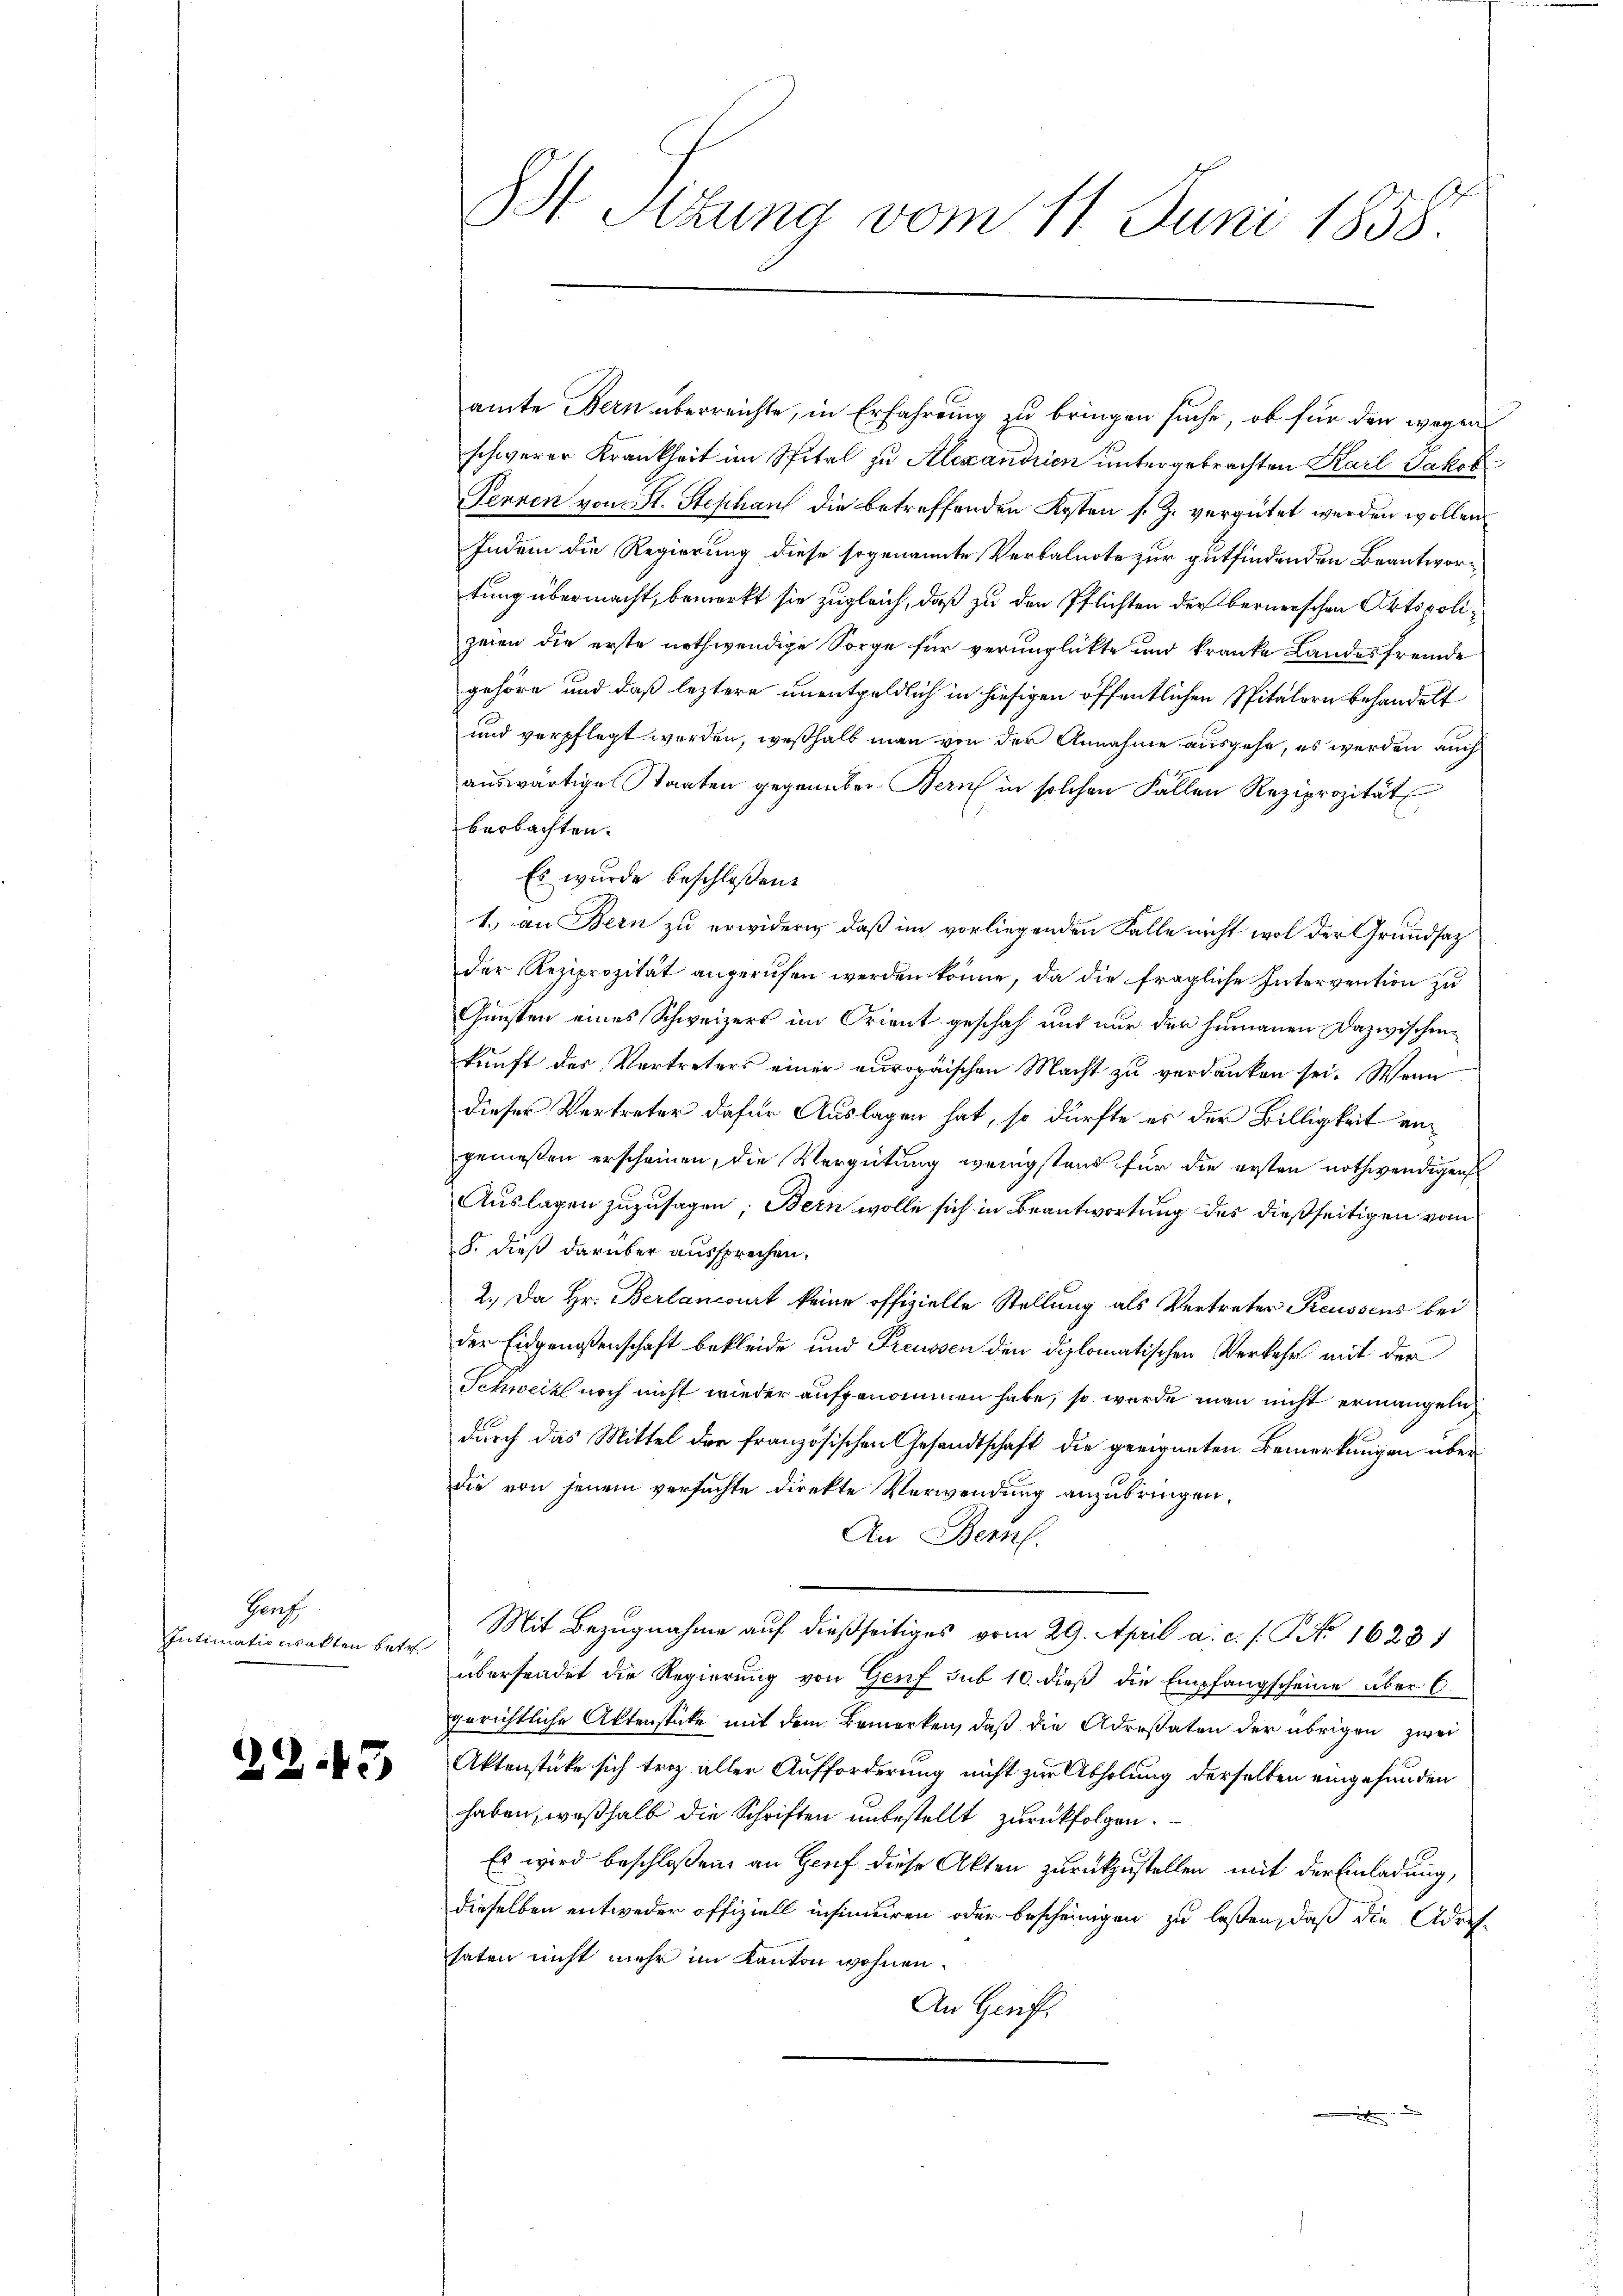
Hanf
Intimationsakten betr.

2243

St Sitzung vom 11. Juni 1858.

amte Bern überreichte, in Erfahrung zu bringen suche, ob für den wegen
schwerer Krankheit im Spital zu Alexandrien untergebrachten Karl Jakob
Pennen von St. Stephan die betreffenden Kosten s. Z. vergütet werden wollen
Indem die Regierung diese sogenannte Verbalnote zur gutfindenden Beantwortung übermacht, bemerkt sie zugleich, daß zu den Pflichten der bernerschen Ortspolizeien die erste nothwendige Sorge für verunglückte und kranke Landesfremde
gehöre und daß leztere unentgeldlich in hiesigen öffentlichen Spitälern behandelt
und verpflegt werden, weßhalb man von der Annahme ausgehe, es werden auch
auswärtige Staaten gegenüber Bern in solchen Fällen Reziprozität
beobachten.
Es wurde beschloßen:
1.) an Bern zu erwidern, daß im vorliegenden Falle nicht wol der Grundsatz
der Reziprozität angerufen werden könne, da die fragliche Intervention zu
Gunsten eines Schweizers im Orient geschah und nur der humanen Dazwischenkunft der Vertreters einer europäischen Macht zu verdanken sei. Wenn
dieser Vertreter dafür Auslagen hat, so dürfte es der Billigkeit angenießen erscheinen, die Vergütung wenigstens für die ersten nothwendigen
Auslagen zuzusagen; Bern wolle sich in Beantwortung des dießseitigen vom
§. dieß darüber aussprechen.
2.) Da Hr. Berlancourt keine offizielle Stellung als Vertreter Preussens bei
der Eidgenossenschaft bekleide und Preussen den diplomatischen Verkehr mit der
Schweik noch nicht wieder aufgenommen habe, so werde man nicht ermangeln
durch das Mittel der französischen Gesandtschaft die geeigneten Bemerkungen überdie von jenem versuchte direkte Verwendung anzubringen.
An Bern.
Mit Bezugnahme auf dießseitiges vom 29. April a. c. s. No 1623
übersendet die Regierung von Genf sub 10. dieß die Empfangscheine über 6.
gerichtliche Aktenstüke mit dem Bemerken, daß die Adresaten der übrigen zwei
Aktenstüke sich trotz aller Aufforderung nicht zur Abholung derselben eingefunden
haben, weßhalb die Schriften unbestellt zurückfolgen.
Es wird beschloßen, an Genf diese Akten zurückzustellen mit der Einladung,
dieselben entweder offiziell insinuiren oder bescheinigen zu laßen, daß die Adres-
haten nicht mehr im Kanton wohnen.
An Genf.